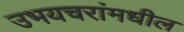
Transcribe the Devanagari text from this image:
उभयचरांमधील